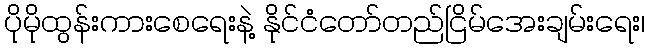
ပိုမိုထွန်းကားစေရေးနဲ့ နိုင်ငံတော်တည်ငြိမ်အေးချမ်းရေး၊